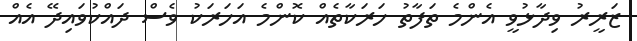
ޒަރީރު ވިދާޅުވީ އެންމެ ތަފާތު ހަރަކާތެއް ކޮންމެ އަހަރަކު ވެސް ދައްކުވައިދޭ އެއް